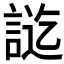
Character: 𮘔